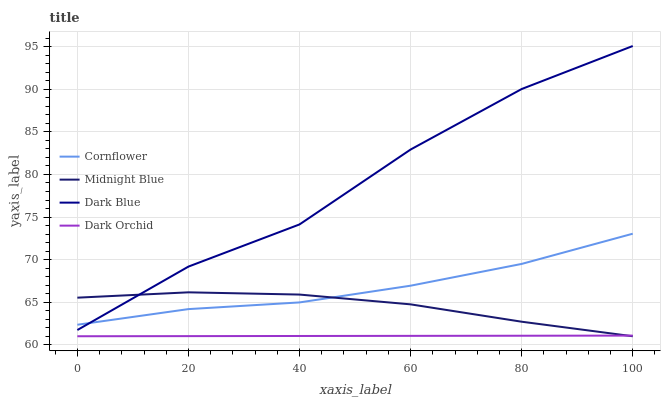
| xaxis_label | Cornflower | Midnight Blue | Dark Blue | Dark Orchid |
 | --- | --- | --- | --- | --- |
 | 0 | 62.4 | 65.5 | 61.7 | 61 |
 | 20 | 64.2 | 66.2 | 69.2 | 61 |
 | 40 | 65 | 65.9 | 74.1 | 61 |
 | 60 | 66.9 | 64.7 | 82.9 | 61 |
 | 80 | 69.5 | 62.7 | 90 | 61.1 |
 | 100 | 73 | 61 | 95.1 | 61.1 |